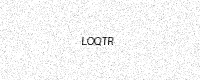
Text: LOQTR